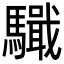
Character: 𩦤